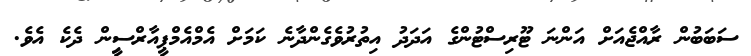
ސަބަބުން ރާއްޖެއަށް އަންނަ ޓޫރިސްޓުންގެ އަދަދު އިތުރުވެގެންދާނެ ކަމަށް އެމްއެމްޕީއާރްސީިން ދެކެ އެވެ.